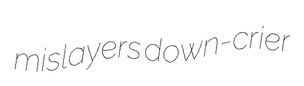
mislayers down-crier